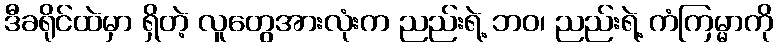
ဒီခရိုင်ထဲမှာ ရှိတဲ့ လူတွေအားလုံးက ညည်းရဲ့ ဘဝ၊ ညည်းရဲ့ ကံကြမ္မာကို